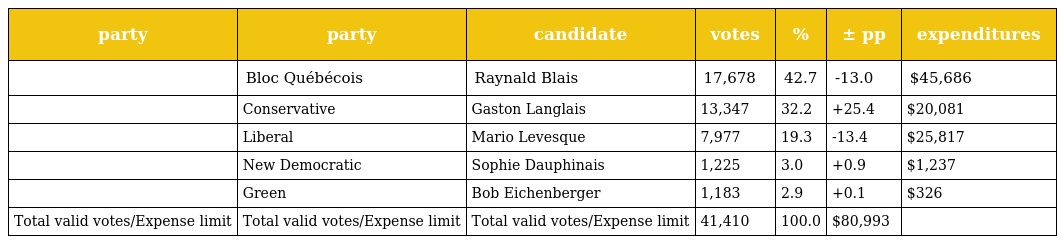
| party | party | candidate | votes | % | ± pp | expenditures |
 | --- | --- | --- | --- | --- | --- | --- |
 |  | Bloc Québécois | Raynald Blais | 17,678 | 42.7 | -13.0 | $45,686 |
 |  | Conservative | Gaston Langlais | 13,347 | 32.2 | +25.4 | $20,081 |
 |  | Liberal | Mario Levesque | 7,977 | 19.3 | -13.4 | $25,817 |
 |  | New Democratic | Sophie Dauphinais | 1,225 | 3.0 | +0.9 | $1,237 |
 |  | Green | Bob Eichenberger | 1,183 | 2.9 | +0.1 | $326 |
 | Total valid votes/Expense limit | Total valid votes/Expense limit | Total valid votes/Expense limit | 41,410 | 100.0 | $80,993 |  |